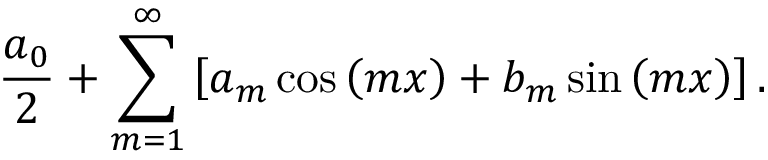
{ \frac { a _ { 0 } } { 2 } } + \sum _ { m = 1 } ^ { \infty } \left[ a _ { m } \cos \left( m x \right) + b _ { m } \sin \left( m x \right) \right] .